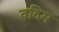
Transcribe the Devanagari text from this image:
वदिम